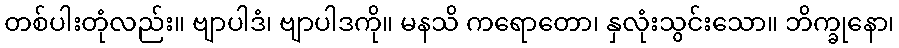
တစ်ပါးတုံလည်း။ ဗျာပါဒံ၊ ဗျာပါဒကို။ မနသိ ကရောတော၊ နှလုံးသွင်းသော။ ဘိက္ခုနော၊